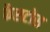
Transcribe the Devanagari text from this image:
फैसटोस